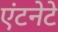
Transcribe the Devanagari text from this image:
एंटनेटे